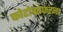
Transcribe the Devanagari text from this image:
फोटोग्राफरना